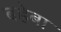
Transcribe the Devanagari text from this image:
बहेबा